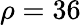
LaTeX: \rho=36